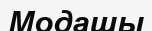
Модашы